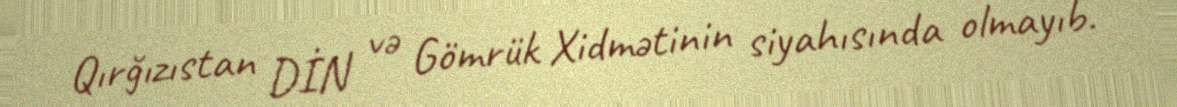
Qırğızıstan DİN və Gömrük Xidmətinin siyahısında olmayıb.